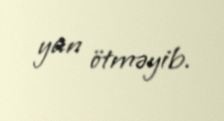
yan ötməyib.